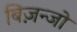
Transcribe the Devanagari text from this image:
बिज़न्जो